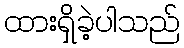
ထားရှိခဲ့ပါသည်